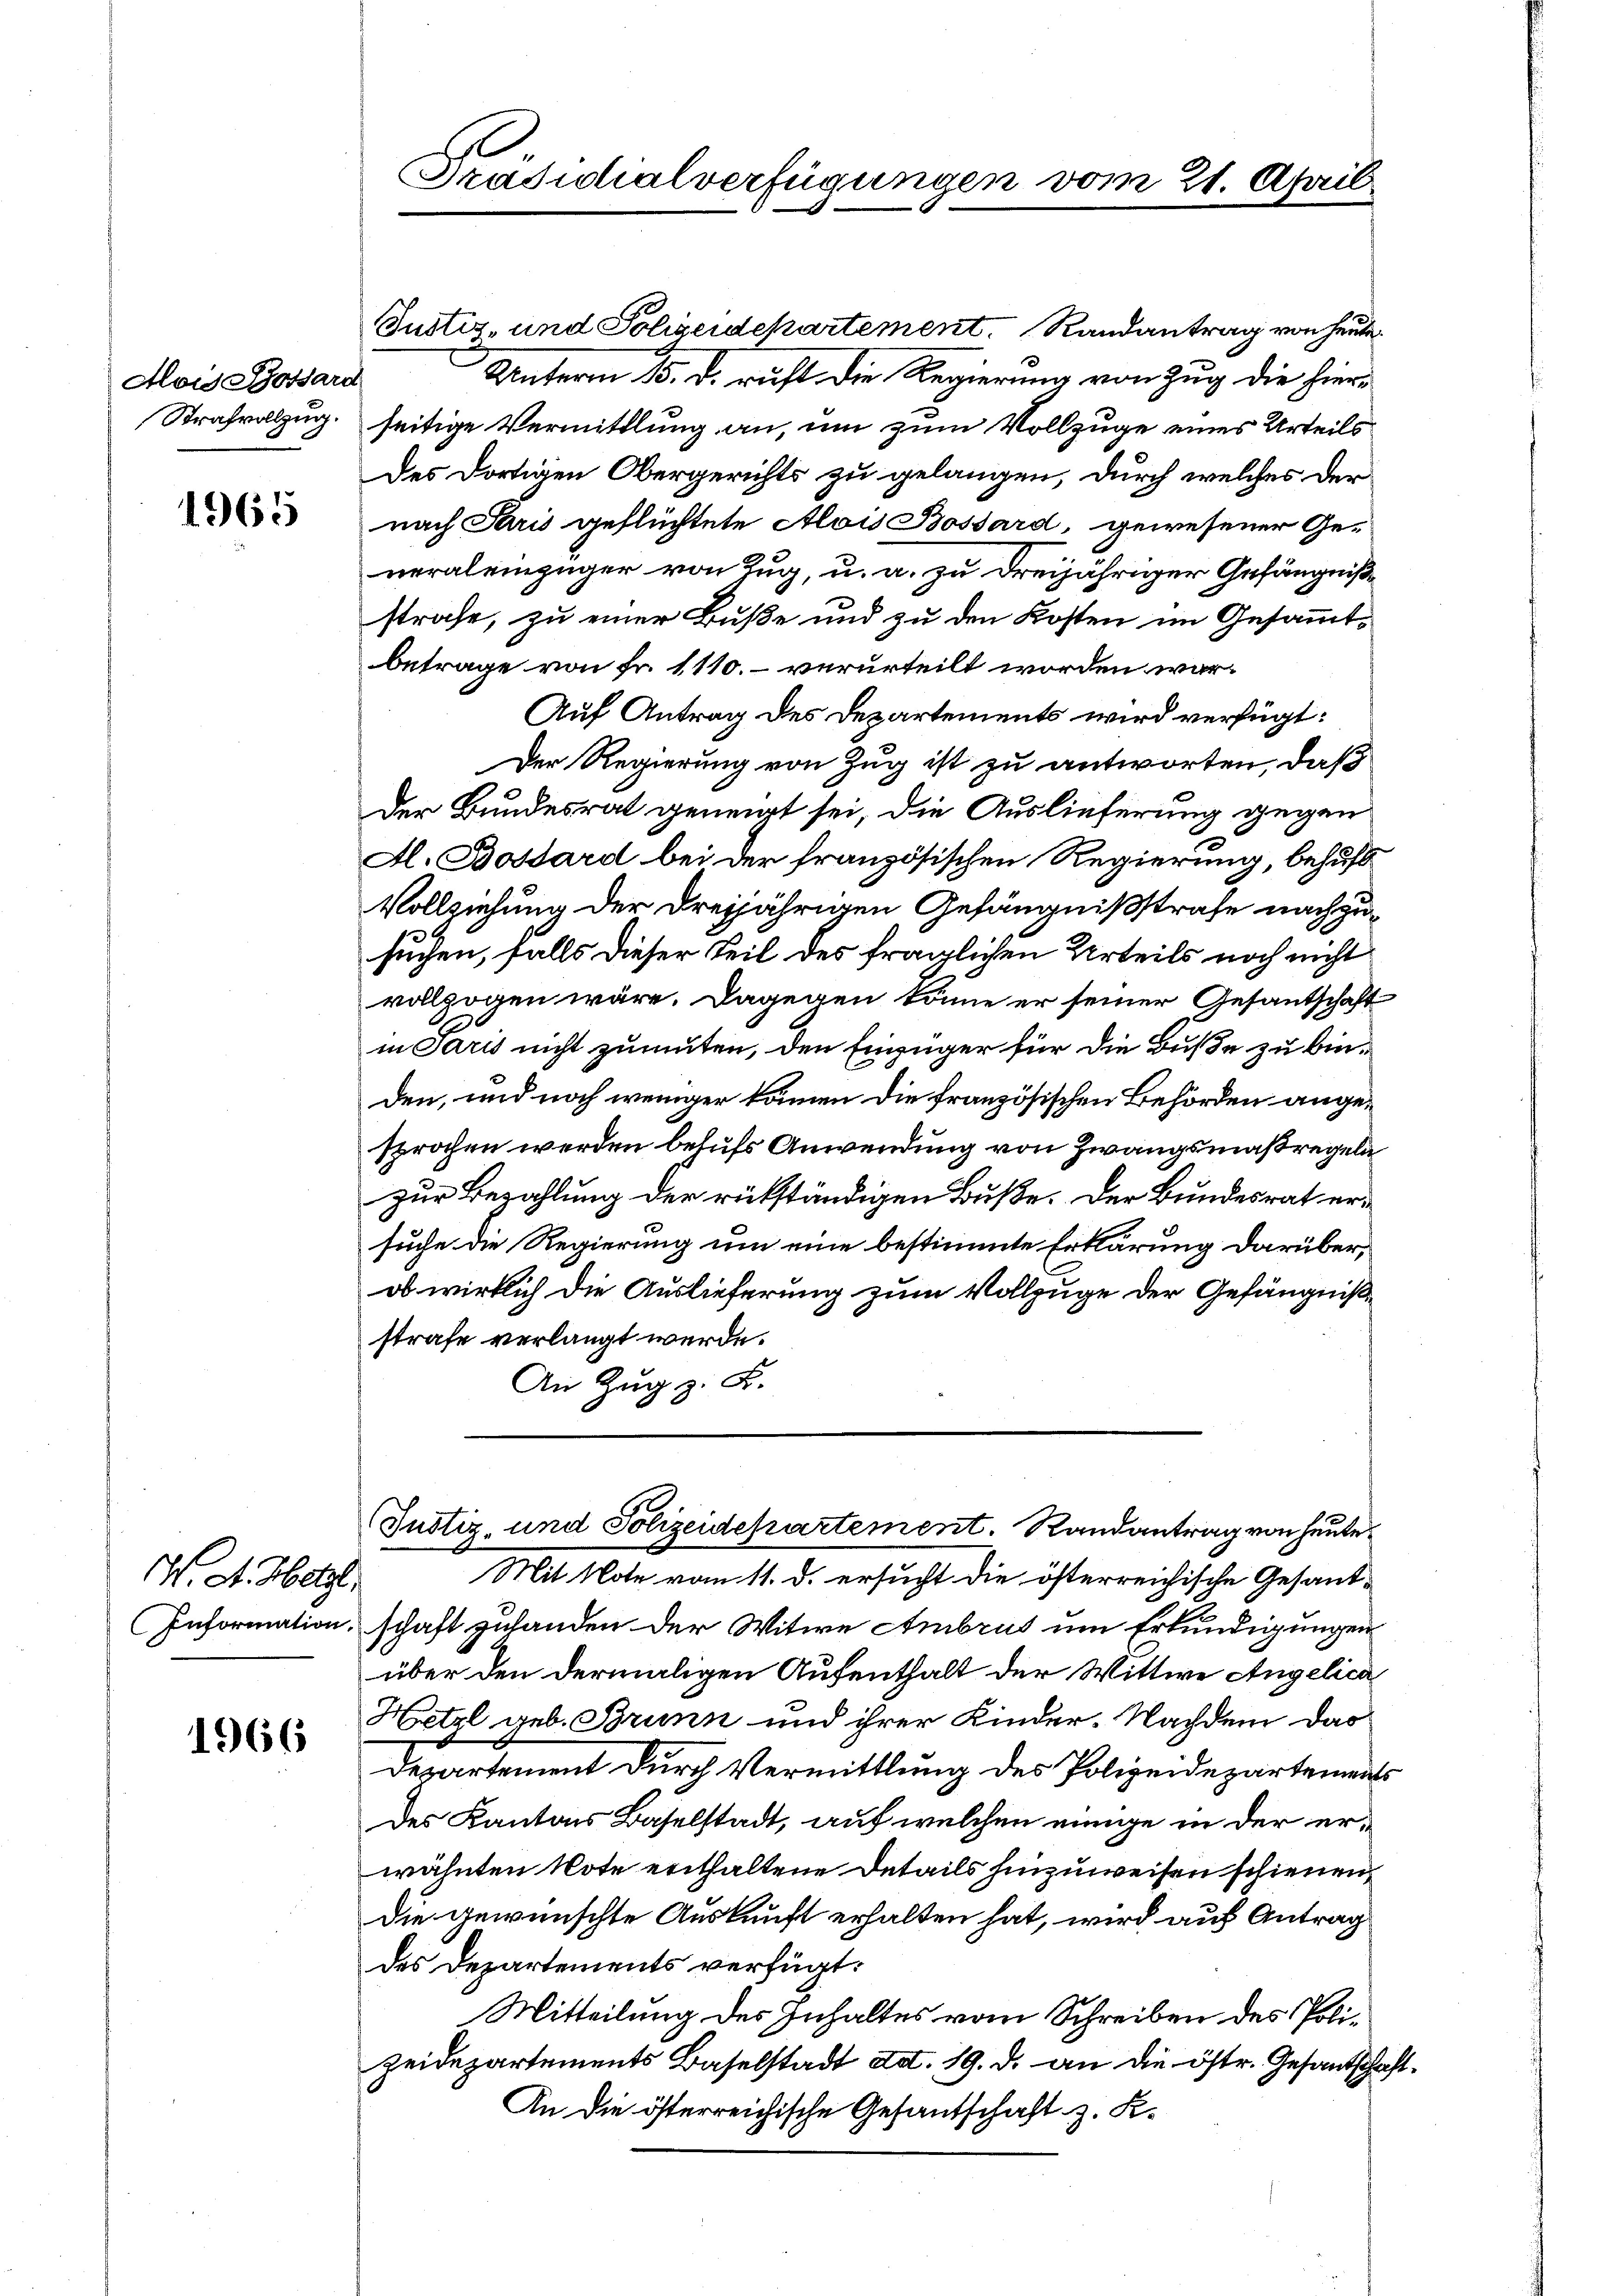
Mois Gossard
Strafvollzug.

1965

W. A. Hetzl

1966

Justiz- und Polizeidekartement. Randantrag von heute
Unterm 13. d. richt die Regierung von Zug die hier-
seitige Vermittlung an, um zum Vollzuge eines Urteils
Des dortigen Obergerichts zu gelangen, durch welches der
nach Paris geflüchtete Alois Bossard, gewesener Ge-
neraleinzüger von Zug, u. a. zu dreijähriger Gefängnißstrafe, zu einer Buße und zu den Kosten im Gesammtbetrage von Fr. 1110. verurteilt worden war¬
Auf Antrag des Departements wird verfügt:
Der Regierung von Zug ist zu antworten, daß
Der Bundesrat geneigt sei, die Auslieferung gegen
A. Bossard bei der französischen Regierung, behufs
Vollziehung der dreijährigen Gefängnißstrafe nachzusuchen, falls dieser Teil des fraglichen Urteils noch nicht
vollzogen wäre. Dagegen könne er seiner Gesantschaft
in Paris nicht zumuten, den Einzüger für die Buße zu binden, und noch weniger können die französischen Behörden angesprochen werden behufs Anwendung von Zwangsmaßregeln
zur Bezahlung der rükständigen Buße. Der Bundesrat ersuche die Regierung um eine bestimmte Erklärung darüber,
ob wirklich die Auslieferung zum Vollzuge der Gefängnißstrafe verlangt werde.
An Zug z. B.

Präsidialverfügungen vo

rmn 21. April

Justiz- und Polizeidepartement. Randantrag von heute

Mit Note vom 11. d. ersucht die österreichische Gesand¬
Information, schaft zulanden der Witwe Ambrus um Erkundigungen
über den dermaligen Aufenthalt der Wittwe Angelica
Hetze geb. Brunn und ihrer Kinder. Nachdem das
Departement durch Vermittlung des Polizeidepartements
des Kantons Baselstadt, auf welchen einige in der erwähnten Note enthaltene Details hinzuweisen schienen
Die gewünschte Auskunft erhalten hat, wird auf Antrag
des Departements verfügt:
Mitteilung des Inhaltes vom Schreiben des Polizeidepartements Baselstadt Art. 19. d. an die östr. Gesandschaft¬
An die österreichische Gesantschaft z. K.